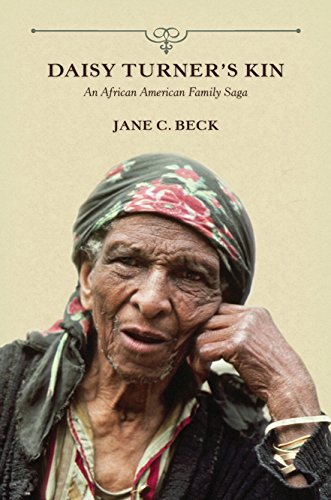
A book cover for Daisy Turner's Kin: An African American Family Saga (Folklore Studies in a Multicultural World); Jane C. Beck; Biographies & Memoirs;